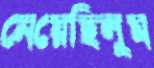
নেয়েছিলুম